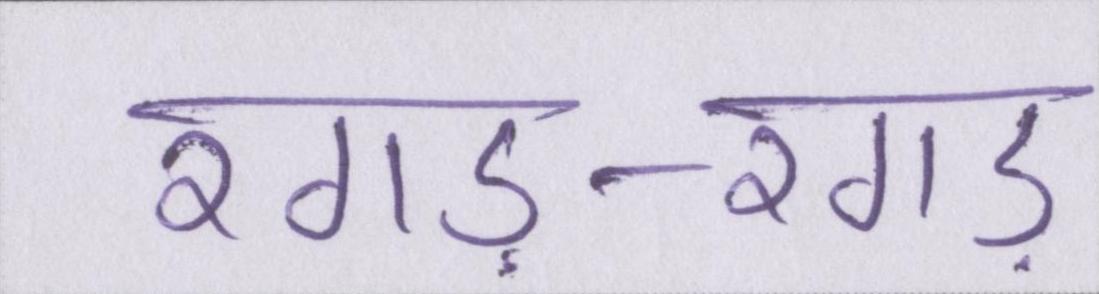
रगड़-रगड़